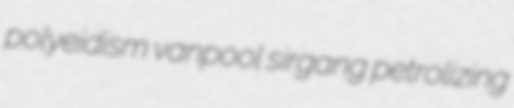
polyeidism vanpool sirgang petrolizing